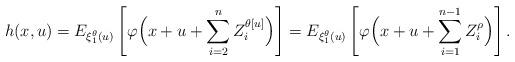
LaTeX: \begin{align*}h(x,u)=E_{\xi_1^\theta(u)}\left[\varphi\Bigl(x+u+\sum_{i=2}^{n} Z_i^{\theta[u]}\Bigr)\right]=E_{\xi_1^\theta(u)}\left[\varphi\Bigl(x+u+\sum_{i=1}^{n-1} Z_i^{\rho}\Bigr)\right].\end{align*}